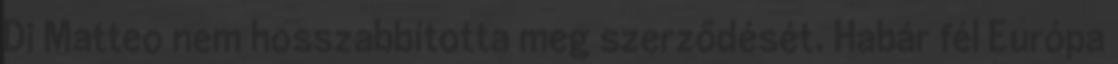
Di Matteo nem hosszabbította meg szerződését. Habár fél Európa